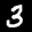
Label: 3